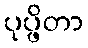
ပုပ္ဖိတာ